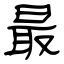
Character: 最